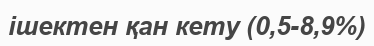
ішектен қан кету (0,5-8,9%)